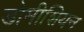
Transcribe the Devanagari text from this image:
डोमीशियन